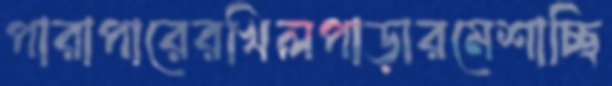
পারাপারেরখিলপাড়ারমেশাচ্ছি